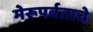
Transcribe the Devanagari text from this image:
मेरूपर्वताचे